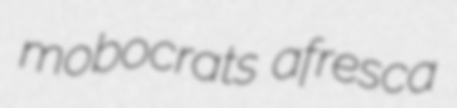
mobocrats afresca